Document type: Sale
Year: 1461
Scribe: [Unknown]
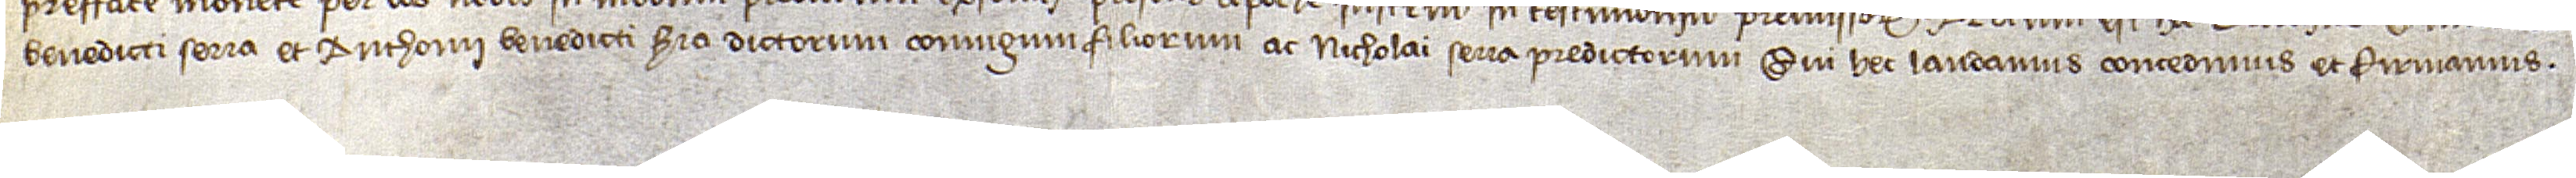
Benedicti Serra et Anthonii Benedicti Serra, dictorum coniugium filiorum, ac Nicholai Serra, predictorum, qui hec laudamus, concedimus et firmamus.